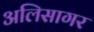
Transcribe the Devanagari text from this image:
अलिसागर